DOW-UAP-D49, Launch Summary, Vandenberg AFB, 2000
Agency: Department of War
Incident date: 2/3/00
Page 72
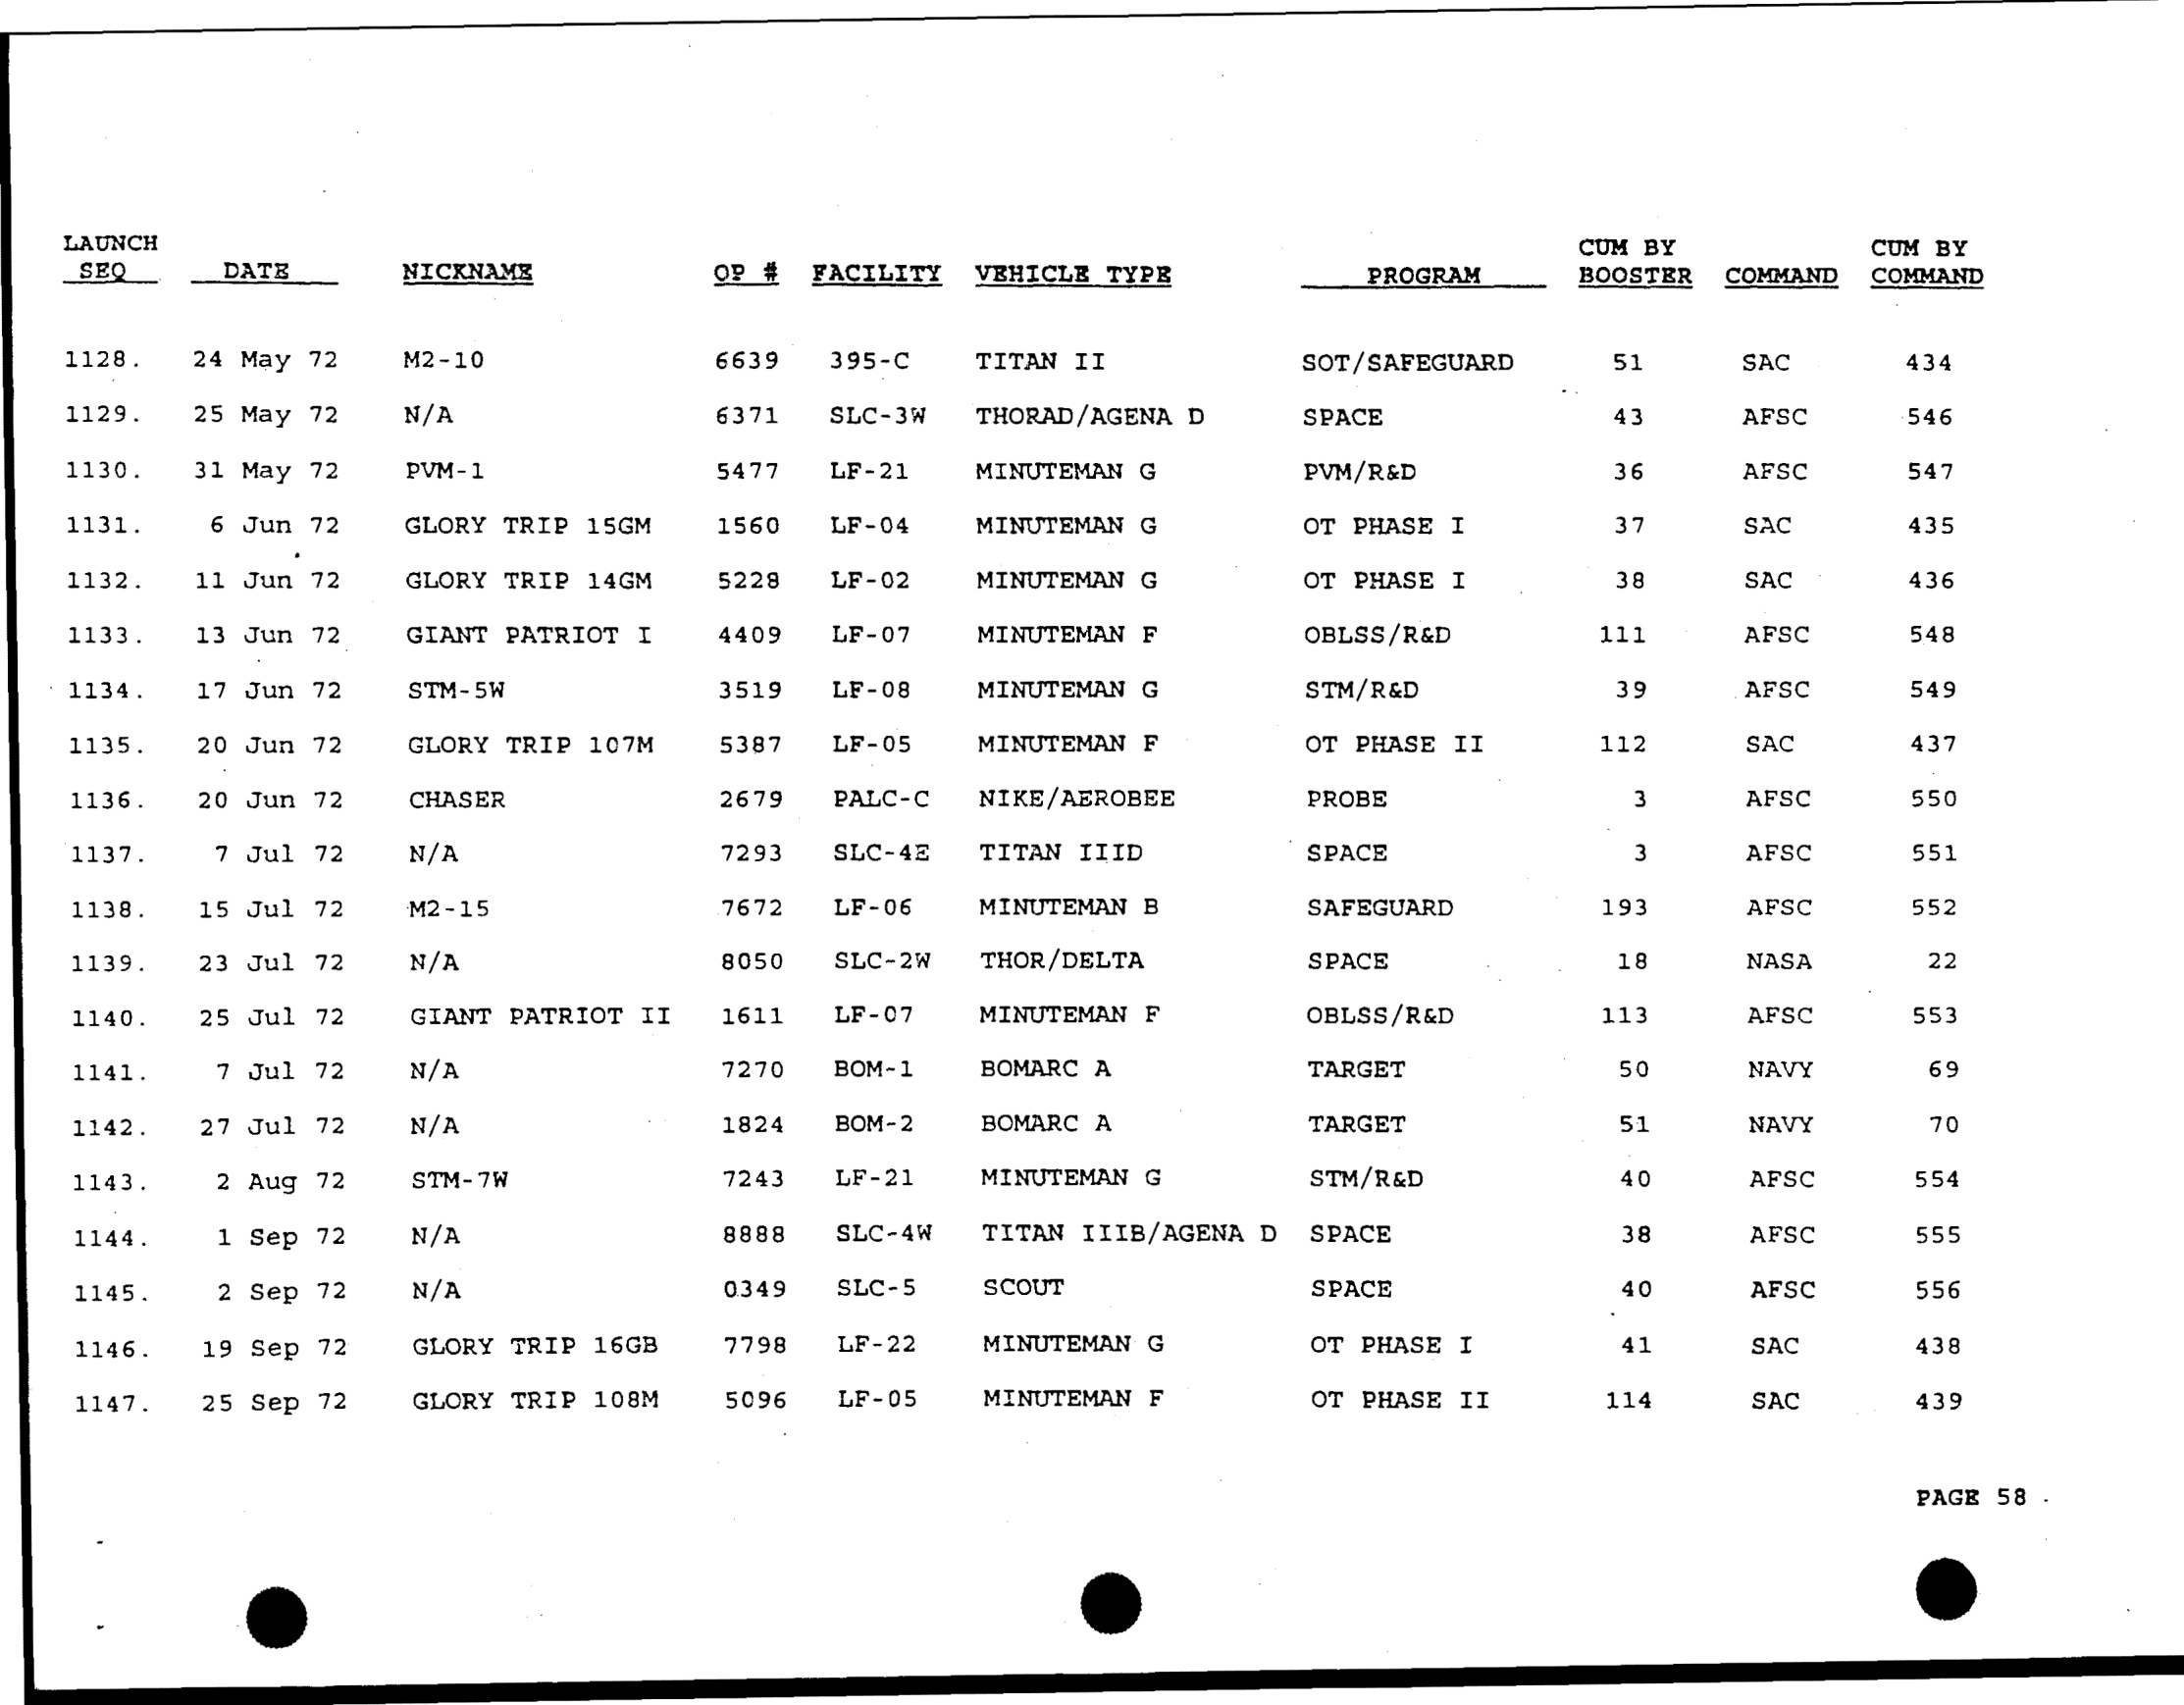